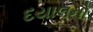
દયાલનો